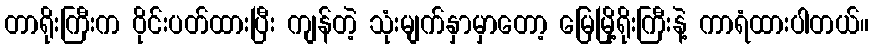
တာရိုးကြီးက ဝိုင်းပတ်ထားပြီး ကျန်တဲ့ သုံးမျက်နှာမှာတော့ မြေမြို့ရိုးကြီးနဲ့ ကာရံထားပါတယ်။